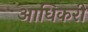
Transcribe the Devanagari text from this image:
आधिकरी